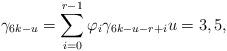
LaTeX: \begin{align*}\gamma_{6k-u}=\sum_{i=0}^{r-1} \varphi_i \gamma_{6k-u-r+i}u=3,5,\end{align*}